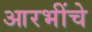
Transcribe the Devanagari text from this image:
आरभींचे